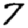
Digit: 7